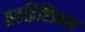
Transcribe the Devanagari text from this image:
ग्रहद्रिष्टिफ़ल